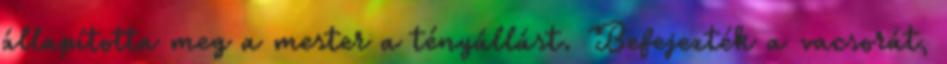
állapította meg a mester a tényállást. Befejezték a vacsorát,